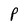
Character: P